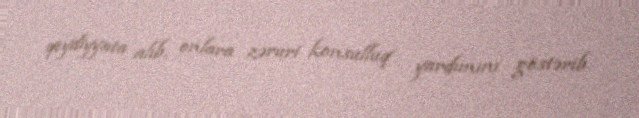
qeydiyyata alıb, onlara zəruri konsulluq yardımını göstərib.